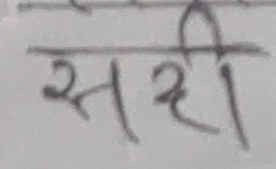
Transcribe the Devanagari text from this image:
सही